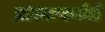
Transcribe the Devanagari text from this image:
झोपणाऱ्याचीही